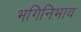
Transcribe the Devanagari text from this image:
भगिनिभाव